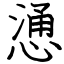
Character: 慂